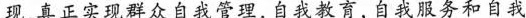
现，真正实现群众自我管理，自我教育，自我服务和自我